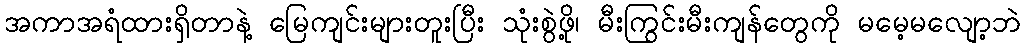
အကာအရံထားရှိတာနဲ့ မြေကျင်းများတူးပြီး သုံးစွဲဖို့၊ မီးကြွင်းမီးကျန်တွေကို မမေ့မလျော့ဘဲ